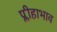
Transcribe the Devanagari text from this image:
प्लीहाभाव